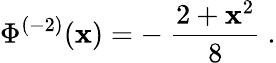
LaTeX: \Phi^{(-2)}(\mathbf{x})=-\ \frac{{2+\mathbf{x}^{2}}}{{8}}\ .